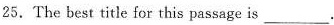
25.The best tit!e for this passage is___.